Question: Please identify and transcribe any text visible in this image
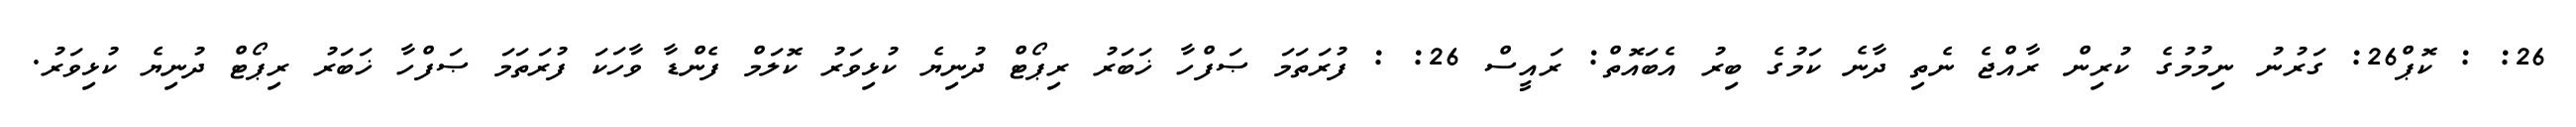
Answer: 26: : ކޮޕް26: ގަރުނު ނިމުމުގެ ކުރިން ރާއްޖެ ނެތި ދާނެ ކަމުގެ ބިރު އެބައޮތް: ރައީސް 26: : ފުރަތަމަ ޞަފްހާ ޚަބަރު ރިޕޯޓް ދުނިޔެ ކުޅިވަރު ކޮލަމް ފެންޑާ ވާހަކަ ފުރަތަމަ ޞަފްހާ ޚަބަރު ރިޕޯޓް ދުނިޔެ ކުޅިވަރު.